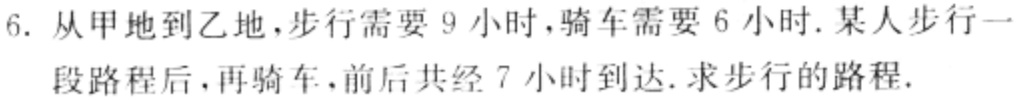
6. 从甲地到乙地，步行需要 9 小时，骑车需要 6 小时. 某人步行一段路程后，再骑车，前后共经 7 小时到达. 求步行的路程.